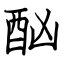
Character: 酗